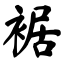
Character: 裾